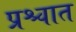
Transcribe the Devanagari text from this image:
प्रश्चात